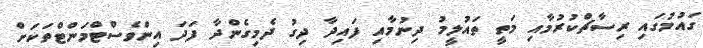
ގައުމުގައި ރިސާޗްކުރުމާއި މަތީ ތައުލީމު ދިނުމާއި ފައިދާ ދިގު ދެމިގެންދާ ފަދަ އިންވެސްޓްމަންޓްތަކަށް